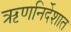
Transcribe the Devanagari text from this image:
ऋणनिर्देशात